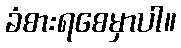
ခံစားရစေမှာပါ။